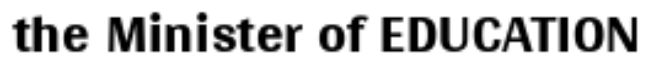
the Minister of EDUCATION